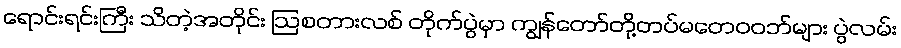
ရောင်းရင်းကြီး သိတဲ့အတိုင်း ဩစတားလစ် တိုက်ပွဲမှာ ကျွန်တော်တို့တပ်မတေဝဝဘ်များ ပွဲလမ်း